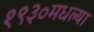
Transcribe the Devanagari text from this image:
१९३०मधल्या